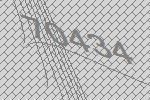
70434